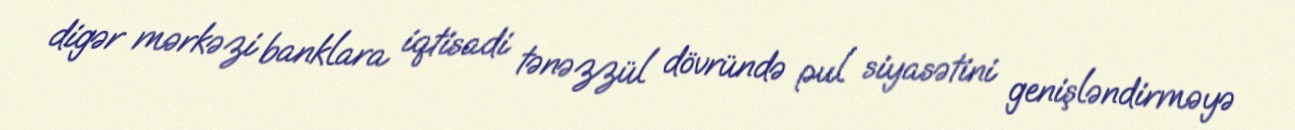
digər mərkəzi banklara iqtisadi tənəzzül dövründə pul siyasətini genişləndirməyə